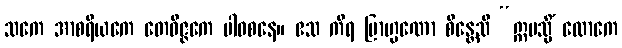
သကေ အာစရိယကေ တေဝိဇ္ဇကေ ပါဝစနေ။ ဧသ ကိရ ဗြာဟ္မဏော စိန္တေသိ “ဣမသ္မိံ လောကေ